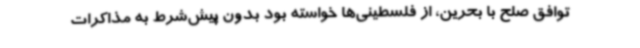
توافق صلح با بحرین، از فلسطینی‌ها خواسته بود بدون پیش‌شرط به مذاکرات